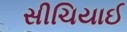
સીચિયાઈ